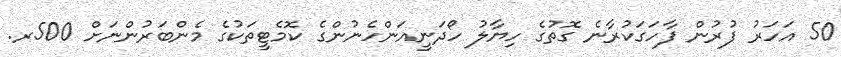
50 އަހަރު ފުރުން ފާހަގަކުރާނެ ގޮތުގެ ހިޔާލު ހޯދަނީއަންހެނުންގެ ކޮމެޓީތަކުގެ މެންބަރުންނަށް 500ރ.